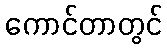
ကောင်တာတွင်